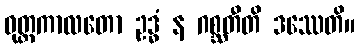
ဝုတ္တကာလတော ဥဒ္ဓံ န ဂစ္ဆတီတိ ဒဿေတိ။